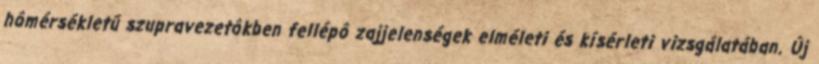
hômérsékletű szupravezetôkben fellépô zajjelenségek elméleti és kísérleti vizsgálatában. Új